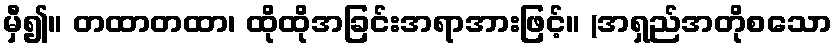
မှီ၍။ တထာတထာ၊ ထိုထိုအခြင်းအရာအားဖြင့်။ (အရှည်အတိုစသော